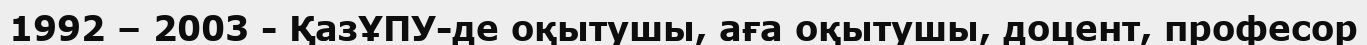
1992 – 2003 - ҚазҰПУ-де оқытушы, аға оқытушы, доцент, професор